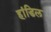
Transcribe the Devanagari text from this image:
हांडिल